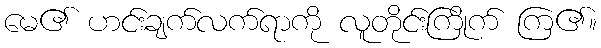
မေ၏ ဟင်းချက်လက်ရာကို လူတိုင်းကြိုက် ကြ၏။